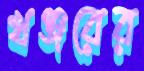
খঞ্জরের